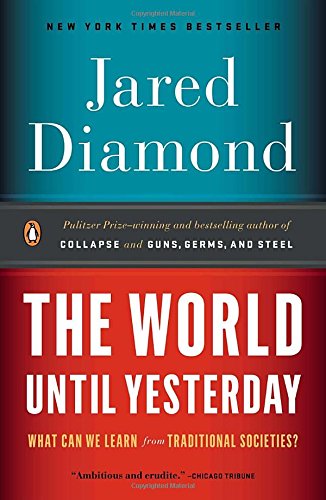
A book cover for The World Until Yesterday: What Can We Learn from Traditional Societies?; Jared Diamond; History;